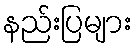
နည်းပြများ